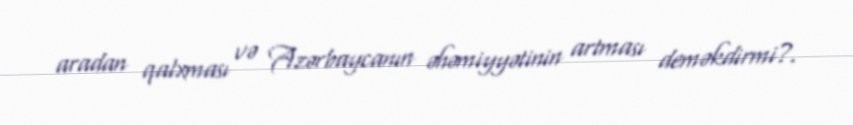
aradan qalxması və Azərbaycanın əhəmiyyətinin artması deməkdirmi?.